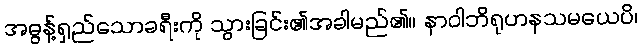
အဓွန့်ရှည်သောခရီးကို သွားခြင်း၏အခါမည်၏။ နာဝါဘိရုဟနသမယေပိ၊